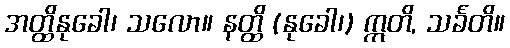
အတ္ထိနုခေါ၊ သလော။ နတ္ထိ (နုခေါ၊) ဣတိ, သင်္ခတိ။